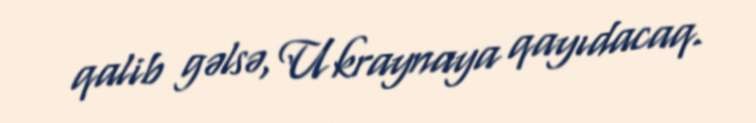
qalib gəlsə, Ukraynaya qayıdacaq.